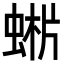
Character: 𧌨